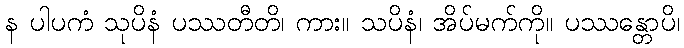
န ပါပကံ သုပိနံ ပဿတီတိ၊ ကား။ သပိနံ၊ အိပ်မက်ကို။ ပဿန္တောပိ၊